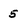
Character: 5